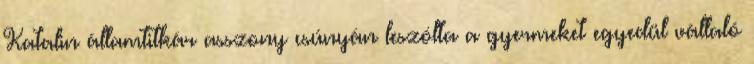
Katalin államtitkár asszony csúnyán leszólta a gyermeket egyedül vállaló